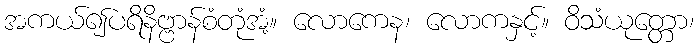
အကယ်၍ပရိနိဗ္ဗာန်စံတုံအံ့။ လောကေန၊ လောကနှင့်။ ဝိသံယုတ္တော၊